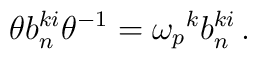
\theta b_n^{ki}\theta^{-1}={\omega_p}^kb_n^{ki}\,.